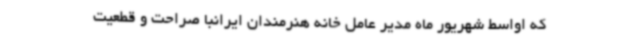
که اواسط شهریور ماه مدیر عامل خانه هنرمندان ایرانبا صراحت و قطعیت